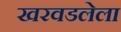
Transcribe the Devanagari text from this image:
खरवडलेला